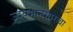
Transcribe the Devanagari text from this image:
उदयभानसारखा